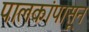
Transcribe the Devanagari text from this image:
पालकांपासून